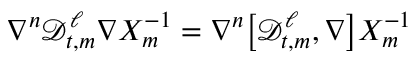
\nabla ^ { n } \mathscr { D } _ { t , m } ^ { \ell } \nabla X _ { m } ^ { - 1 } = \nabla ^ { n } \bigl [ \mathscr { D } _ { t , m } ^ { \ell } , \nabla \bigr ] X _ { m } ^ { - 1 }